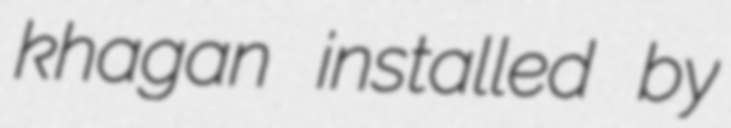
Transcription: khagan installed by